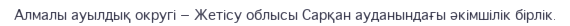
Алмалы ауылдық округі — Жетісу облысы Сарқан ауданындағы әкімшілік бірлік.